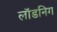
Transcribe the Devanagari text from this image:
लॉडनिग